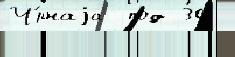
Ч́рнаjа  под 30